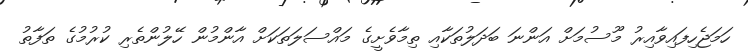
ހަމަޖެހިފައިވާއިރު މޫސުމަށް އަންނަ ބަދަލުތަކާއި ތިމާވެށީގެ މައްސަލަތަކަށް އާންމުން ހޭލުންތެރި ކުރުމުގެ ތަފާތު